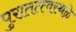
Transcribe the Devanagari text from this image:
पुरातत्त्वस्थळे